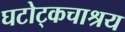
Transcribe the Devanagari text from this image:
घटोट्कचाश्रय